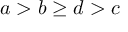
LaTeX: a > b \geq d > c